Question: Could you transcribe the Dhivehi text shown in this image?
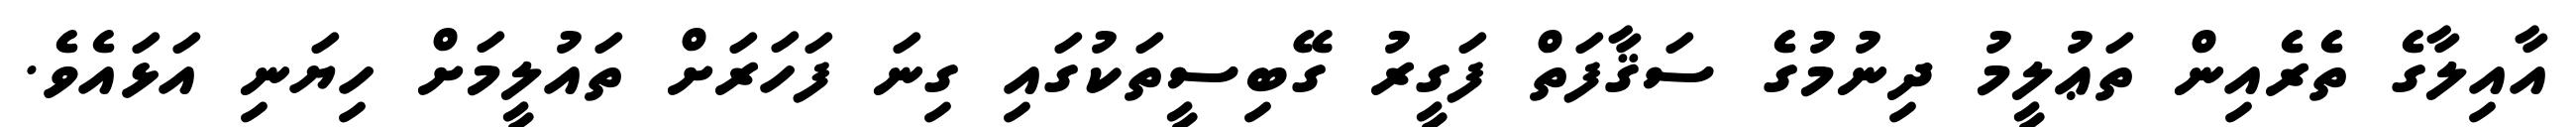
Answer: އާއިލާގެ ތެރެއިން ތަޢުލީމު ދިނުމުގެ ސަޤާފަތް ފަގީރު ގޭބިސީތަކުގައި ގިނަ ފަހަރަށް ތައުލީމަށް ހިޔަނި އަޅައެވެ.